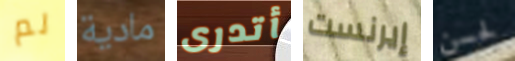
لم مادية أتدرى إيرنست لحسن